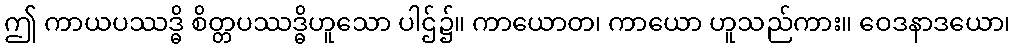
ဤ ကာယပဿဒ္ဓိ စိတ္တပဿဒ္ဓိဟူသော ပါဌ်၌။ ကာယောတ၊ ကာယော ဟူသည်ကား။ ဝေဒနာဒယော၊